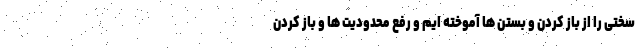
سختی را از باز کردن و بستن ها آموخته ایم و رفع محدودیت ها و باز کردن